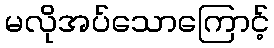
မလိုအပ်သောကြောင့်